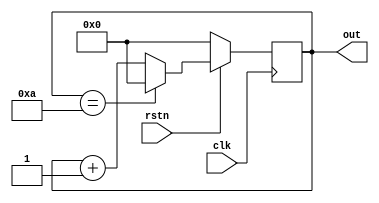
module mod10_counter (input clk, input rstn, output reg[3:0] out);
    always @(posedge clk) begin
        if (!rstn) begin
            out <= 0;
        end else begin
            if (out == 10) 
                out <= 0;
            else
                out <= out + 1;
        end
    end
endmodule


module test;
    reg clk, rstn;
    wire[3:0] out;
    
    always #2 clk = ~clk;

    mod10_counter c1 (.clk(clk), .rstn(rstn), .out(out));

    initial begin

        $monitor("clk= %0b\trstn= %0b\tout= %b\n", clk, rstn, out);
        $dumpfile("mod10_counter.vcd"); // Definindo o nome do arquivo para o gtkwave
        $dumpvars(0, test); // Fala quais variveis eu quero enviar e qual o nome do modulo de teste

        {clk, rstn} = 0;

        #2 rstn <= 1;

        #100 $finish;

    end

endmodule